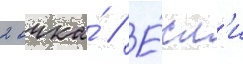
2 очка́ // Е́сл'и